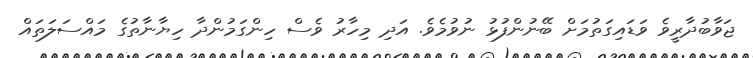
ޖަވާބުދާރީވެ ވަޑައިގަތުމަށް ބޭނުންފުޅު ނުވުމެވެ. އަދި މިހާރު ވެސް ހިންގަމުންދާ ހިޔާނާތުގެ މައްސަލަތައް